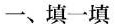
一、填一填